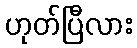
ဟုတ်ပြီလား